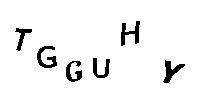
TGGUHY